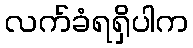
လက်ခံရရှိပါက